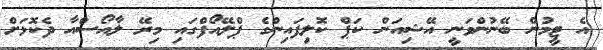
އެ ޓީމުން ބޭނުންވަނީ އޭޝިއަން ކަޕް ކޮލިފައިންގެ ޕްލޭއޯފްގައި މިރޭ ލާއޯސްއާ ދެކޮޅަށް